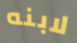
لابنه